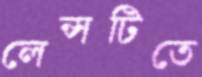
লেন্সটিতে